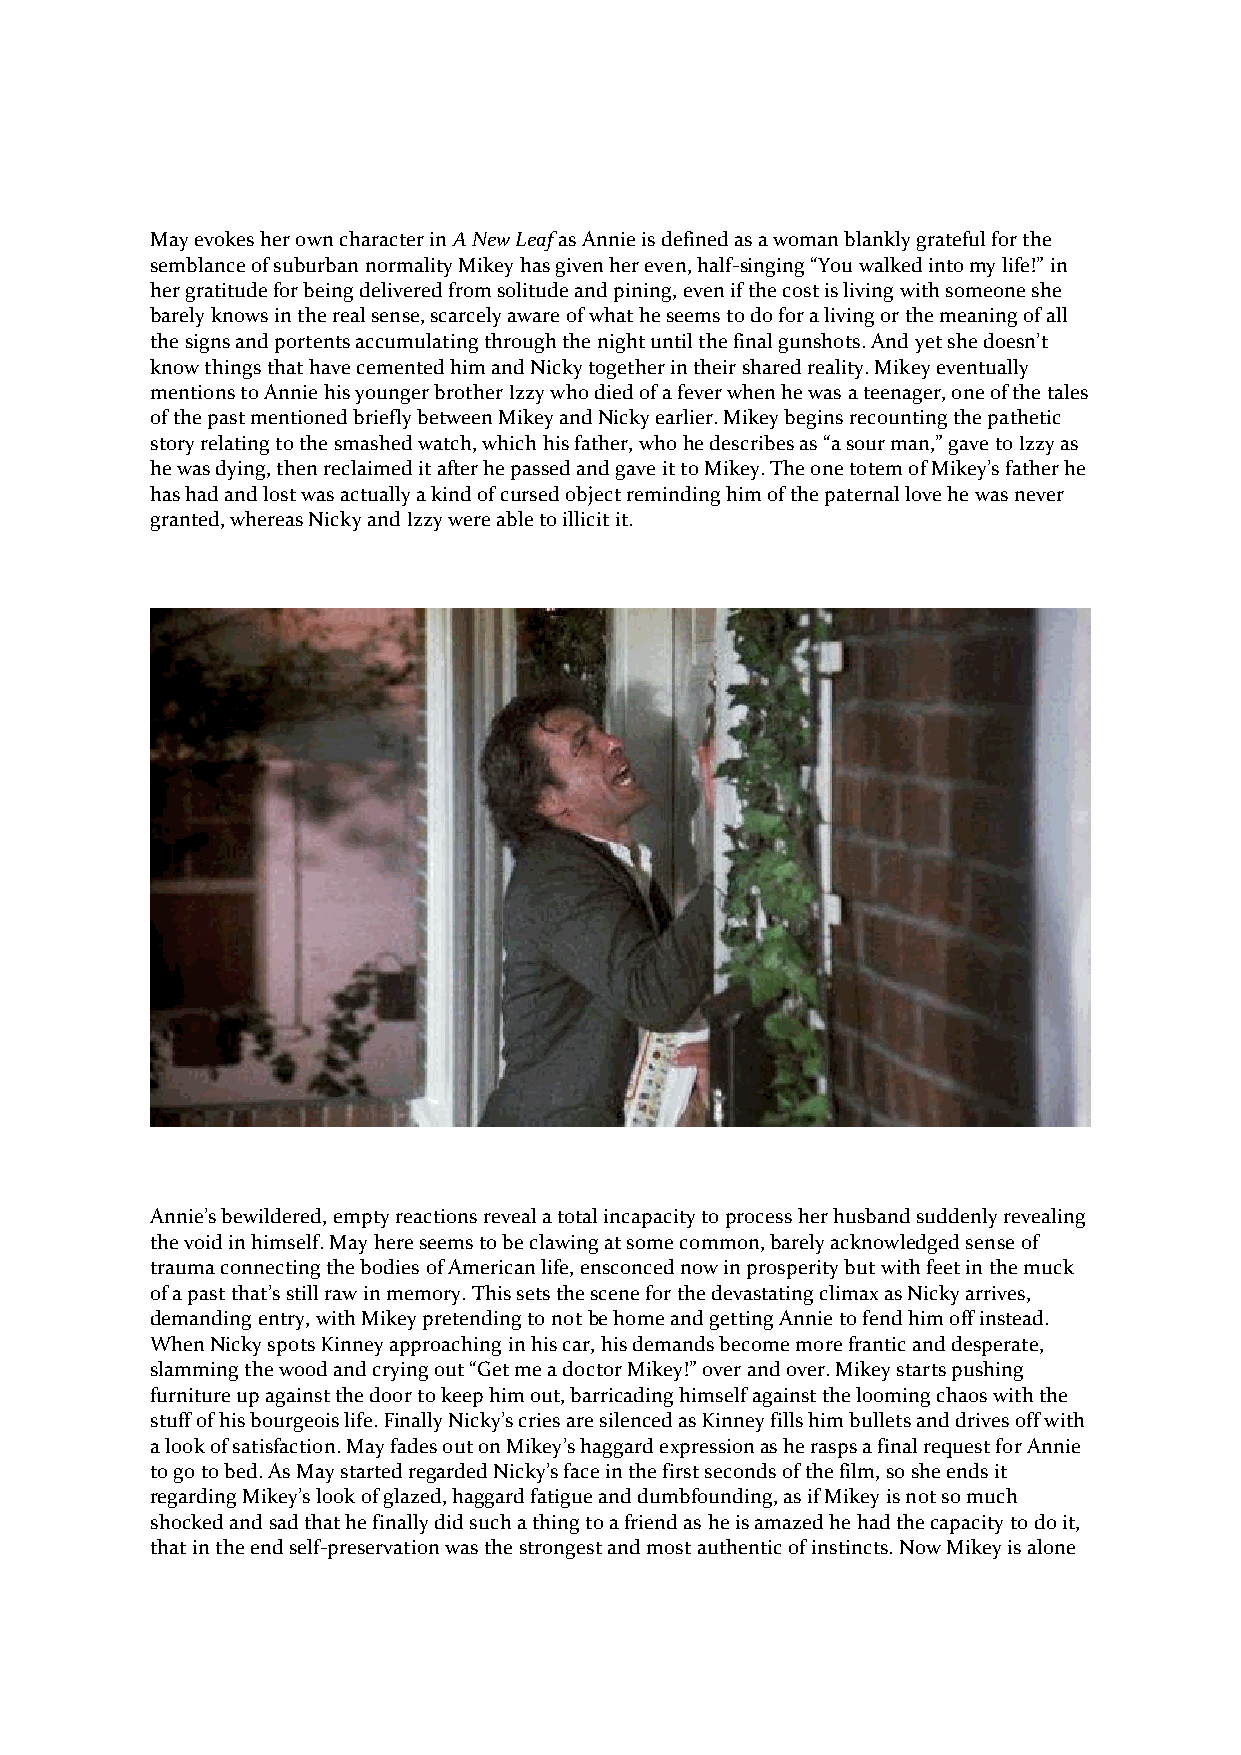
May evokes her own character in A New Leaf as Annie is defined as a woman blankly grateful for the
 semblance of suburban normality Mikey has given her even, half-singing “You walked into my life!” in
 her gratitude for being delivered from solitude and pining, even if the cost is living with someone she
 barely knows in the real sense, scarcely aware of what he seems to do for a living or the meaning of all
 the signs and portents accumulating through the night until the final gunshots. And yet she doesn’t
 know things that have cemented him and Nicky together in their shared reality. Mikey eventually
 mentions to Annie his younger brother Izzy who died of a fever when he was a teenager, one of the tales
 of the past mentioned briefly between Mikey and Nicky earlier. Mikey begins recounting the pathetic
 story relating to the smashed watch, which his father, who he describes as “a sour man,” gave to Izzy as
 he was dying, then reclaimed it after he passed and gave it to Mikey. The one totem of Mikey’s father he
 has had and lost was actually a kind of cursed object reminding him of the paternal love he was never
 granted, whereas Nicky and Izzy were able to illicit it.
 Annie’s bewildered, empty reactions reveal a total incapacity to process her husband suddenly revealing
 the void in himself. May here seems to be clawing at some common, barely acknowledged sense of
 trauma connecting the bodies of American life, ensconced now in prosperity but with feet in the muck
 of a past that’s still raw in memory. This sets the scene for the devastating climax as Nicky arrives,
 demanding entry, with Mikey pretending to not be home and getting Annie to fend him off instead.
 When Nicky spots Kinney approaching in his car, his demands become more frantic and desperate,
 slamming the wood and crying out “Get me a doctor Mikey!” over and over. Mikey starts pushing
 furniture up against the door to keep him out, barricading himself against the looming chaos with the
 stuff of his bourgeois life. Finally Nicky’s cries are silenced as Kinney fills him bullets and drives off with
 a look of satisfaction. May fades out on Mikey’s haggard expression as he rasps a final request for Annie
 to go to bed. As May started regarded Nicky’s face in the first seconds of the film, so she ends it
 regarding Mikey’s look of glazed, haggard fatigue and dumbfounding, as if Mikey is not so much
 shocked and sad that he finally did such a thing to a friend as he is amazed he had the capacity to do it,
 that in the end self-preservation was the strongest and most authentic of instincts. Now Mikey is alone